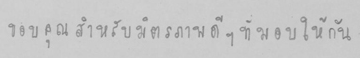
ขอบคุณสำหรับมิตรภาพดีๆ ที่มอบให้กัน